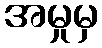
အမှုမှ